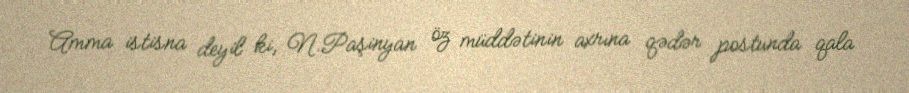
Amma istisna deyil ki, N.Paşinyan öz müddətinin axrına qədər postunda qala